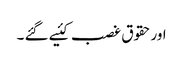
اورحقوق غصب کئیے گئے ۔